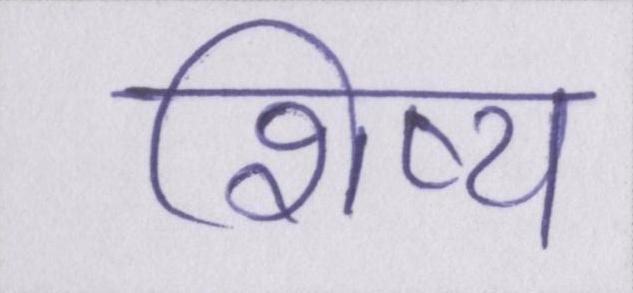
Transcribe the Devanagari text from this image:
शिष्य